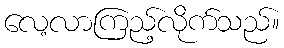
လေ့လာကြည့်လိုက်သည်။